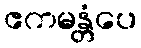
ဧကမန္တံပေ